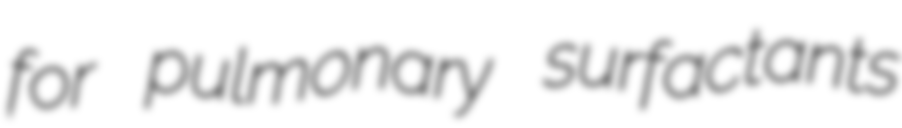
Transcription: for pulmonary surfactants